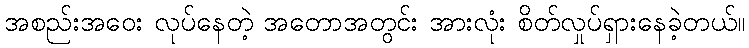
အစည်းအဝေး လုပ်နေတဲ့ အတောအတွင်း အားလုံး စိတ်လှုပ်ရှားနေခဲ့တယ်။